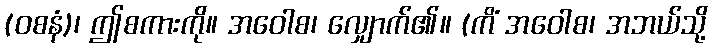
(ဝစနံ)၊ ဤစကားကို။ အဝေါစ၊ လျှောက်၏။ (ကိံ အဝေါစ၊ အဘယ်သို့